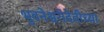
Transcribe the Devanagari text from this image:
भुवनेश्वरीदेवीच्या